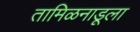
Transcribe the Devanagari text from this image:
तामिळनाडूला